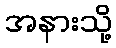
အနားသို့